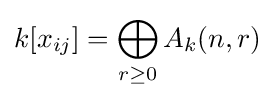
k[x_{ij}]=\bigoplus _{r\geq 0}A_{k}(n,r)